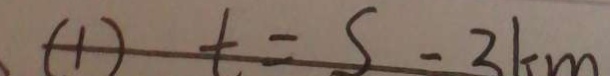
( 1 ) t = S - 3 k m